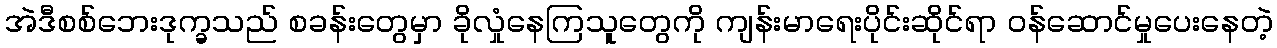
အဲဒီစစ်ဘေးဒုက္ခသည် စခန်းတွေမှာ ခိုလှုံနေကြသူတွေကို ကျန်းမာရေးပိုင်းဆိုင်ရာ ဝန်ဆောင်မှုပေးနေတဲ့